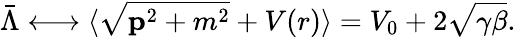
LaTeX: {\bar{\Lambda}}\longleftrightarrow\langle{\sqrt{{\mathbf p}^{2}+m^{2}}}+V(r)\rangle=V_{0}+2{\sqrt{\gamma\beta}}.